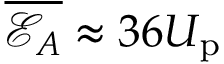
\overline { { \mathcal { E } _ { A } } } \approx 3 6 U _ { \mathrm { p } }